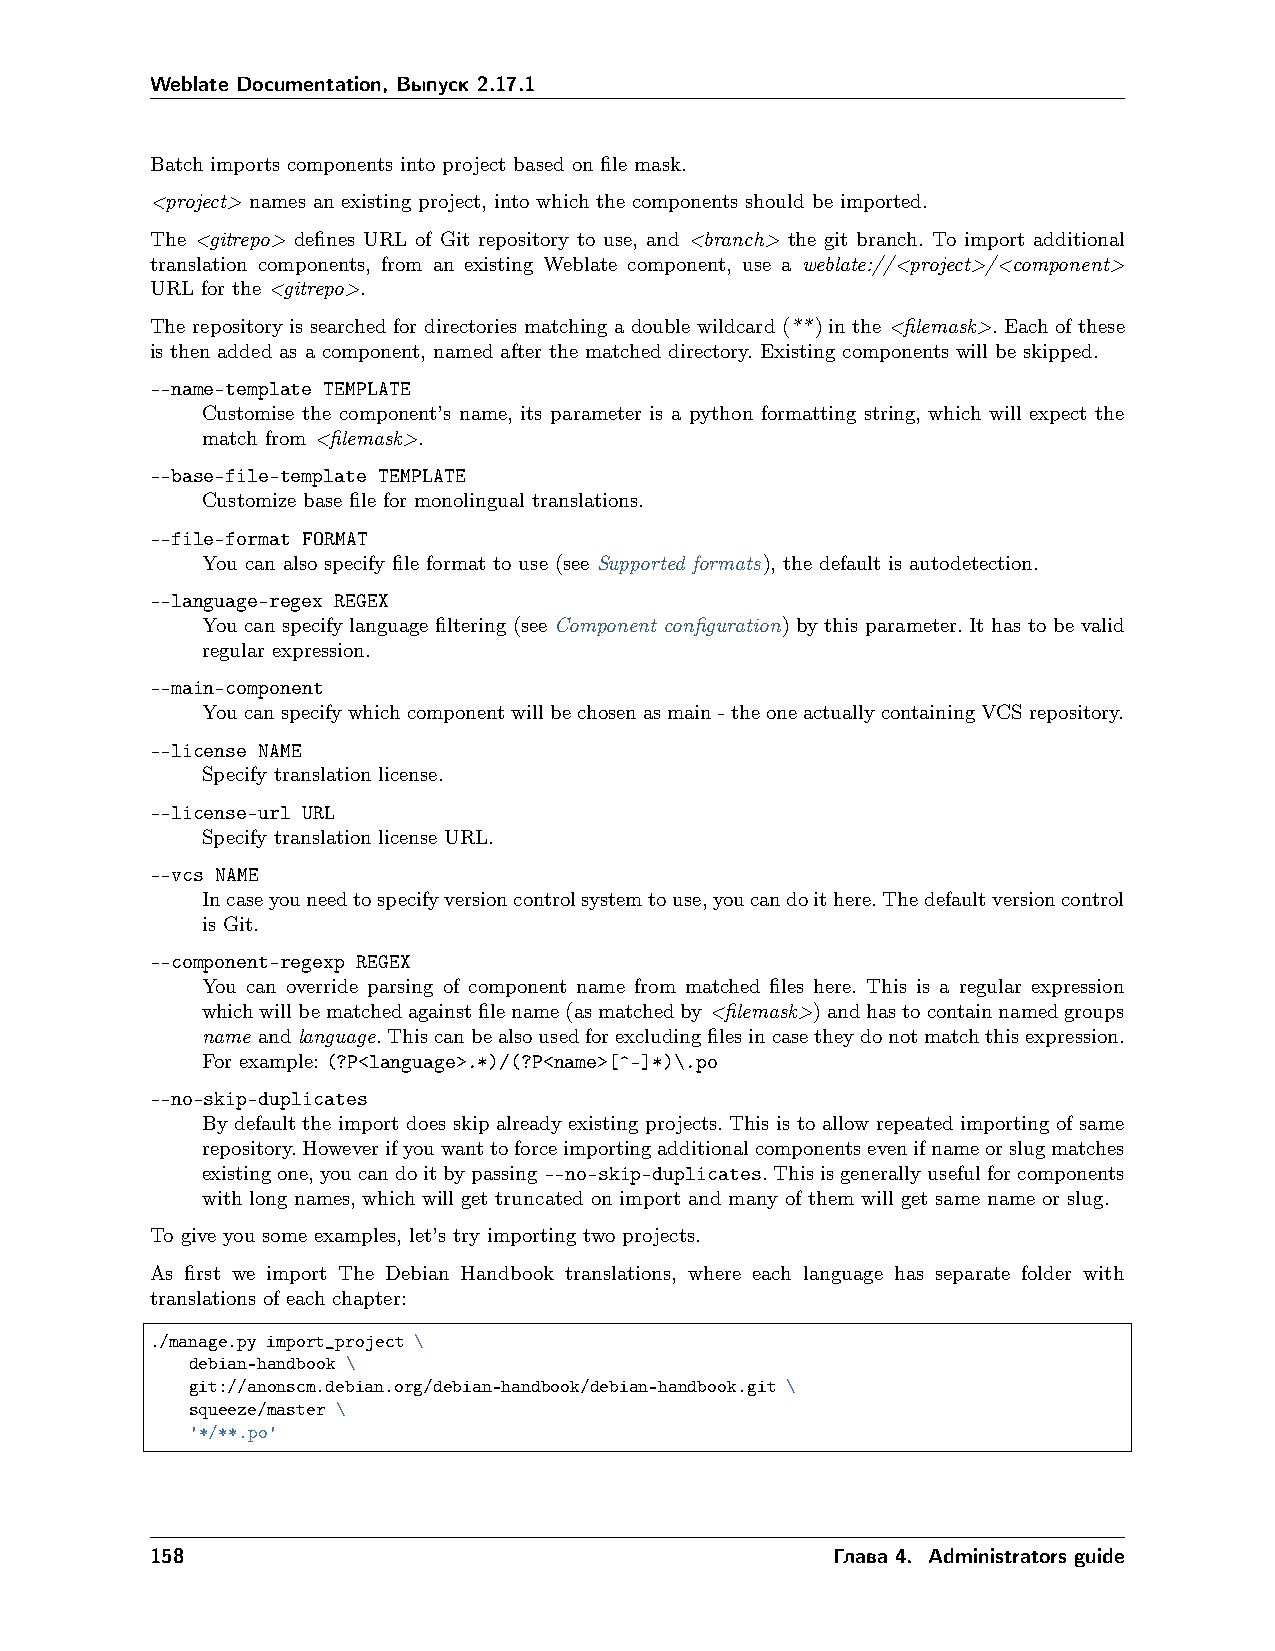
Weblate Documentation, Выпуск 2.17.1
 Batch imports components into project based on file mask.
 <project> names an existing project, into which the components should be imported.
 The <gitrepo> defines URL of Git repository to use, and <branch> the git branch. To import additional
 translation components, from an existing Weblate component, use a weblate://<project>/<component>
 URL for the <gitrepo>.
 The repository is searched for directories matching a double wildcard (**) in the <filemask>. Each of these
 is then added as a component, named after the matched directory. Existing components will be skipped.
 --name-template TEMPLATE
 Customise the component’s name, its parameter is a python formatting string, which will expect the
 match from <filemask>.
 --base-file-template TEMPLATE
 Customize base file for monolingual translations.
 --file-format FORMAT
 You can also specify file format to use (see Supported formats), the default is autodetection.
 --language-regex REGEX
 You can specify language filtering (see Component configuration) by this parameter. It has to be valid
 regular expression.
 --main-component
 Youcanspecifywhichcomponentwillbechosenasmain-theoneactuallycontainingVCSrepository.
 --license NAME
 Specify translation license.
 --license-url URL
 Specify translation license URL.
 --vcs NAME
 Incaseyouneedtospecifyversioncontrolsystemtouse,youcandoithere.Thedefaultversioncontrol
 is Git.
 --component-regexp REGEX
 You can override parsing of component name from matched files here. This is a regular expression
 whichwillbematchedagainstfilename(asmatchedby<filemask>)andhastocontainnamedgroups
 name andlanguage.Thiscanbealsousedforexcludingfilesincasetheydonotmatchthisexpression.
 For example: (?P<language>.*)/(?P<name>[^-]*)\.po
 --no-skip-duplicates
 By default the import does skip already existing projects. This is to allow repeated importing of same
 repository.Howeverifyouwanttoforceimportingadditionalcomponentsevenifnameorslugmatches
 existingone,youcandoitbypassing --no-skip-duplicates.Thisisgenerallyusefulforcomponents
 with long names, which will get truncated on import and many of them will get same name or slug.
 To give you some examples, let’s try importing two projects.
 As first we import The Debian Handbook translations, where each language has separate folder with
 translations of each chapter:
 ./manage.py import_project \
 debian-handbook \
 git://anonscm.debian.org/debian-handbook/debian-handbook.git \
 squeeze/master \
 '*/**.po'
 158                                          Глава 4. Administrators guide